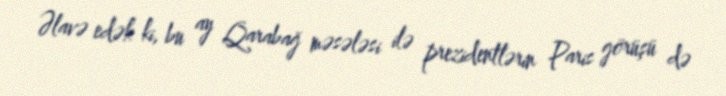
Əlavə edək ki, bu ay Qarabağ məsələsi ilə prezidentlərin Paris görüşü də